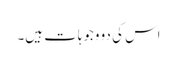
اس کی دو وجوہات ہیں۔